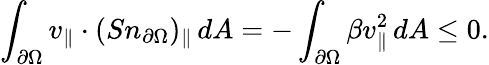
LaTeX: \int_{\partial\Omega}v_{\parallel}\cdot(Sn_{\partial\Omega})_{\parallel}\, dA=-\int_{\partial\Omega}\beta v_{\parallel}^{2}\, dA\leq 0.